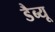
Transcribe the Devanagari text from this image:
डैब्यू